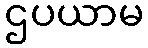
ဌပယာမ